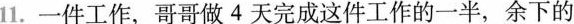
11.一件工作，哥哥做4天完成这件工作的一半，余下的